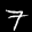
Label: 7